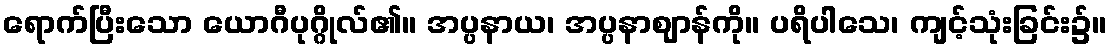
ရောက်ပြီးသော ယောဂီပုဂ္ဂိုလ်၏။ အပ္ပနာယ၊ အပ္ပနာဈာန်ကို။ ပရိပါသေ၊ ကျင့်သုံးခြင်း၌။